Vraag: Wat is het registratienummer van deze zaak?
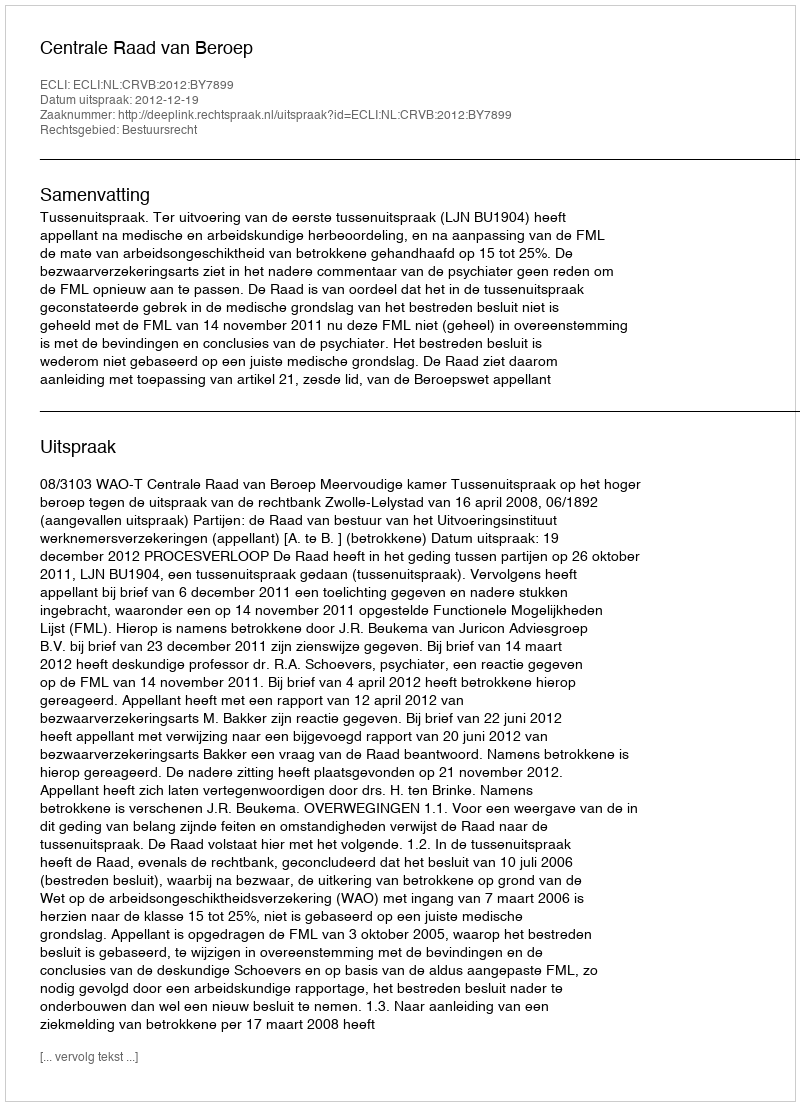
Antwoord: http://deeplink.rechtspraak.nl/uitspraak?id=ECLI:NL:CRVB:2012:BY7899